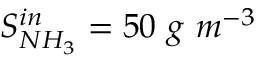
S _ { N H _ { 3 } } ^ { i n } = 5 0 \ g \ m ^ { - 3 }